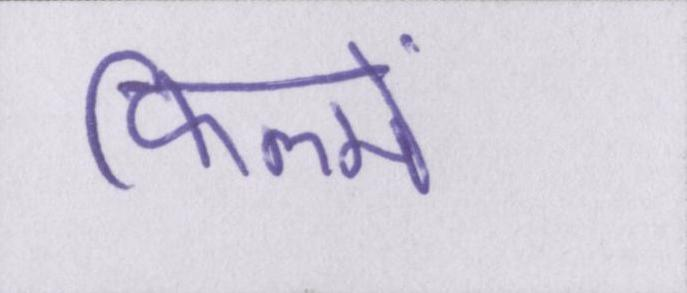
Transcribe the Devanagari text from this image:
फिल्में